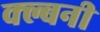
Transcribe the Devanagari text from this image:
क्ल्बनी